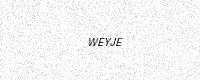
Text: WEYJE